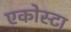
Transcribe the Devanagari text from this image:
एकोस्टा